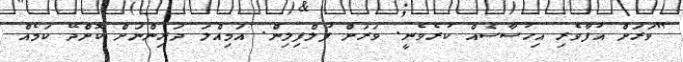
"ވަރަށް އުފާވެރި އިހުސާސެއް ކުރެވެނީ. ވަރަށް ފުލްފިލިން. އަމިއްލަ ދަރިންނަށް ކޮށްދޭ ކަމެއް